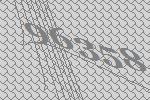
96358